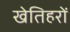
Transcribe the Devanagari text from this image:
खेतिहरों